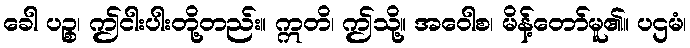
ခေါ ပဉ္စ၊ ဤငါးပါးတို့တည်း။ ဣတိ၊ ဤသို့။ အဝေါစ၊ မိန့်တော်မူ၏။ ပဌမံ၊